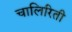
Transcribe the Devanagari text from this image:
चालिरिती